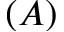
( A )